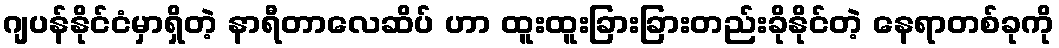
ဂျပန်နိုင်ငံမှာရှိတဲ့ နာရီတာလေဆိပ် ဟာ ထူးထူးခြားခြားတည်းခိုနိုင်တဲ့ နေရာတစ်ခုကို